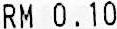
RM 0.10